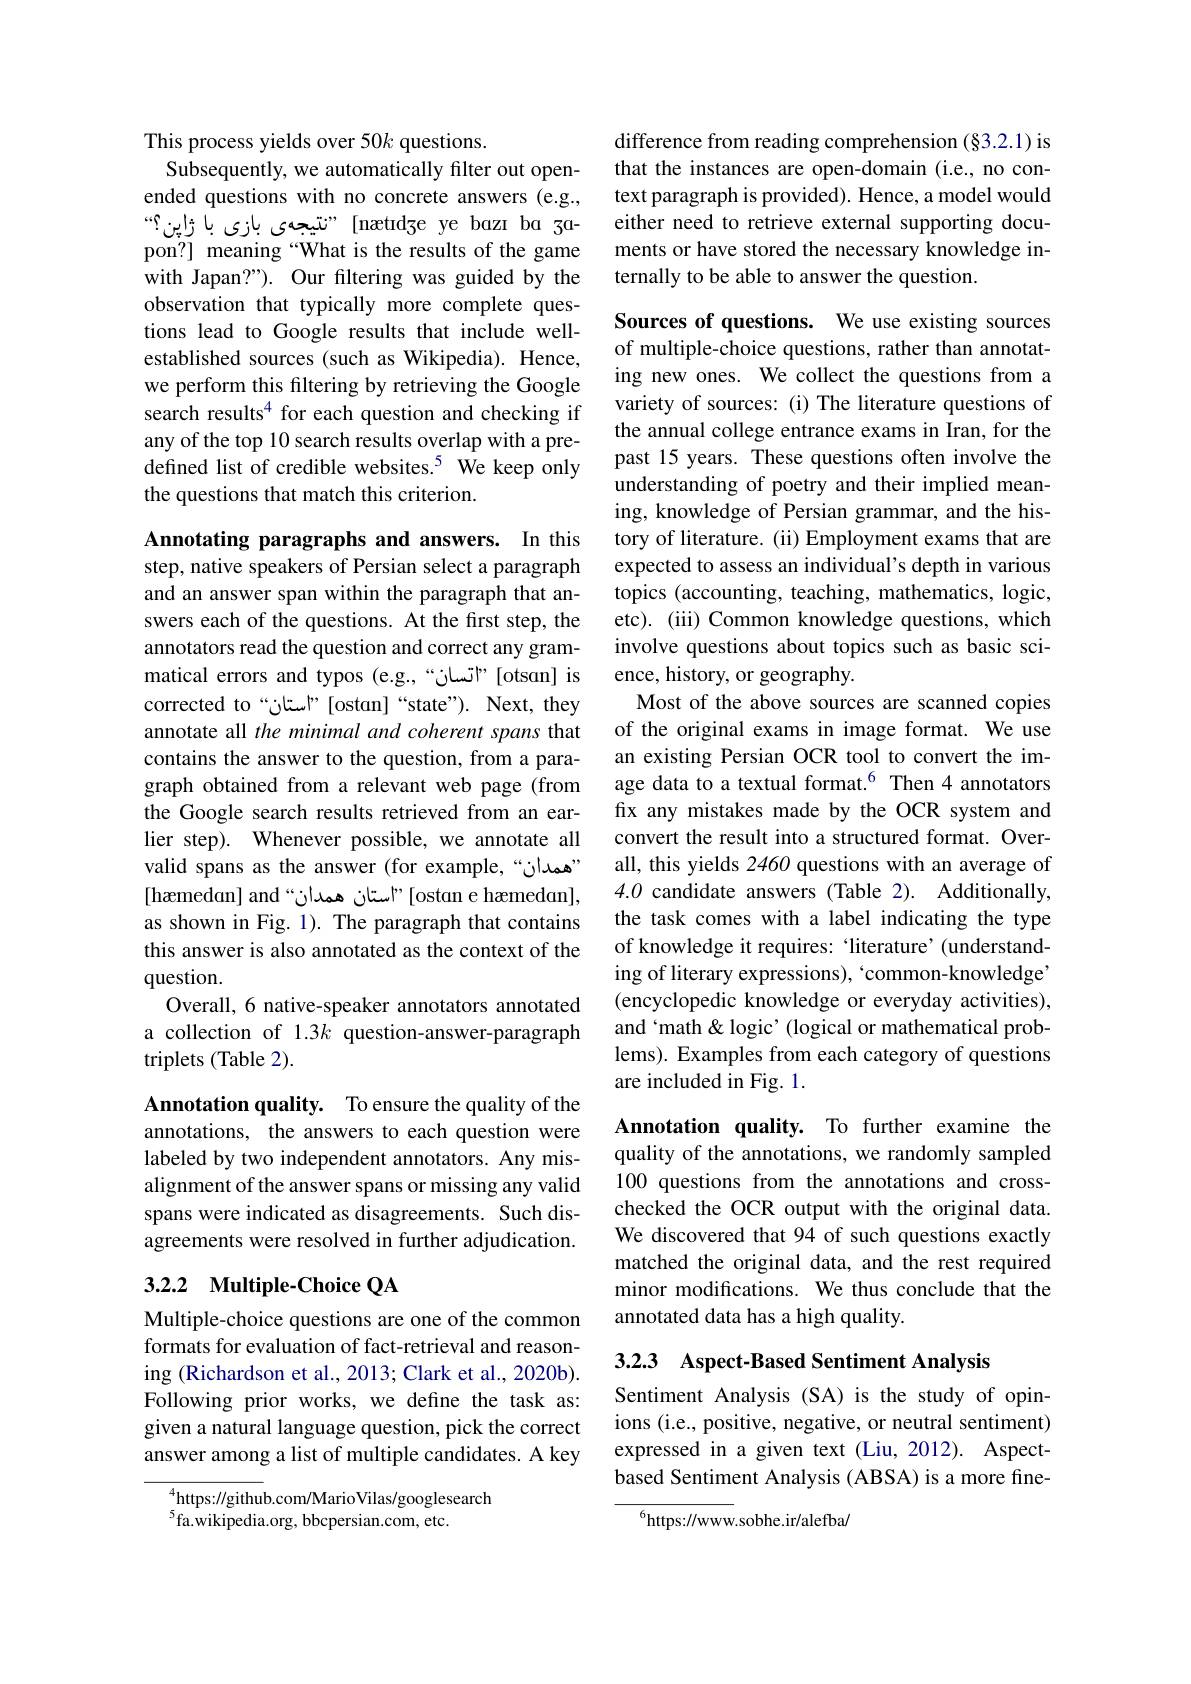
This process yields over 50k questions.
Subsequently, we automatically filter out openended questions with no concrete answers (e.g., “ تیجهی بازی باڑی با ژاپن" [nætıd$_{3}$e ye bazı ba zapon?] meaning “What is the results of the game with Japan?"). Our filtering was guided by the observation that typically more complete questions lead to Google results that include wellestablished sources (such as Wikipedia). Hence, we perform this filtering by retrieving the Google search results$^{4}$ for each question and checking if any of the top 10 search results overlap with a predefined list of credible websites.$^{5}$ We keep only the questions that match this criterion.

Annotating paragraphs and answers. In this step, native speakers of Persian select a paragraph and an answer span within the paragraph that answers each of the questions. At the first step, the annotators read the question and correct any grammatical errors and typos (e.g.,“"" [otsan] is annotate all the minimal and coherent spans that contains the answer to the question, from a paragraph obtained from a relevant web page (from the Google search results retrieved from an earlier step). Whenever possible, we annotate all valid spans as the answer (for example,“ همان" [hæmedan] and"استان همدان" [ostan e hæmedan], as shown in Fig. 1). The paragraph that contains this answer is also annotated as the context of the question.
Overall, 6 native-speaker annotators annotated a collection of 1.3k question-answer-paragraph triplets (Table 2).

Annotation quality. To ensure the quality of the annotations, the answers to each question were labeled by two independent annotators. Any misalignment of the answer spans or missing any valid spans were indicated as disagreements. Such disagreements were resolved in further adjudication.

## 3.2.2 Multiple-Choice QA

Multiple-choice questions are one of the common formats for evaluation of fact-retrieval and reasoning (Richardson et al., 2013; Clark et al., 2020b). Following prior works, we define the task as: given a natural language question, pick the correct answer among a list of multiple candidates. A key

$^{4}$https://github.com/MarioVilas/googlesearch
$^{5}$fa.wikipedia.org, bbcpersian.com, etc.

difference from reading comprehension (§3.2.1) is that the instances are open-domain (i.e., no context paragraph is provided). Hence, a model would either need to retrieve external supporting documents or have stored the necessary knowledge internally to be able to answer the question

Sources of questions. We use existing sources of multiple-choice questions, rather than annotating new ones. We collect the questions from a variety of sources: (i) The literature questions of the annual college entrance exams in Iran, for the past 15 years. These questions often involve the understanding of poetry and their implied meaning, knowledge of Persian grammar, and the history of literature. (ii) Employment exams that are expected to assess an individual's depth in various topics (accounting, teaching, mathematics, logic, etc). (iii) Common knowledge questions, which involve questions about topics such as basic science, history, or geography
Most of the above sources are scanned copies of the original exams in image format. We use an existing Persian OCR tool to convert the image data to a textual format.$^{6}$ Then 4 annotators fix any mistakes made by the OCR system and convert the result into a structured format. Overall, this yields 2460 questions with an average of 4.0 candidate answers (Table 2). Additionally the task comes with a label indicating the type of knowledge it requires: “literature’(understanding of literary expressions), 'common-knowledge (encyclopedic knowledge or everyday activities), and‘math' " (logical or mathematical problems). Examples from each category of questions are included in Fig. 1.
Annotation quality. To further examine the

quality of the annotations, we randomly sampled 100 questions from the annotations and crosschecked the OCR output with the original data. We discovered that 94 of such questions exactly matched the original data, and the rest required minor modifications. We thus conclude that the annotated data has a high quality.

3.2.3 Aspect-Based Sentiment Analysis

Sentiment Analysis (SA) is the study of opinions (i.e., positive, negative, or neutral sentiment) expressed in a given text (Liu, 2012). Aspectbased Sentiment Analysis (ABSA) is a more fine-

$^{6}$https://www.sobhe.ir/alefba/